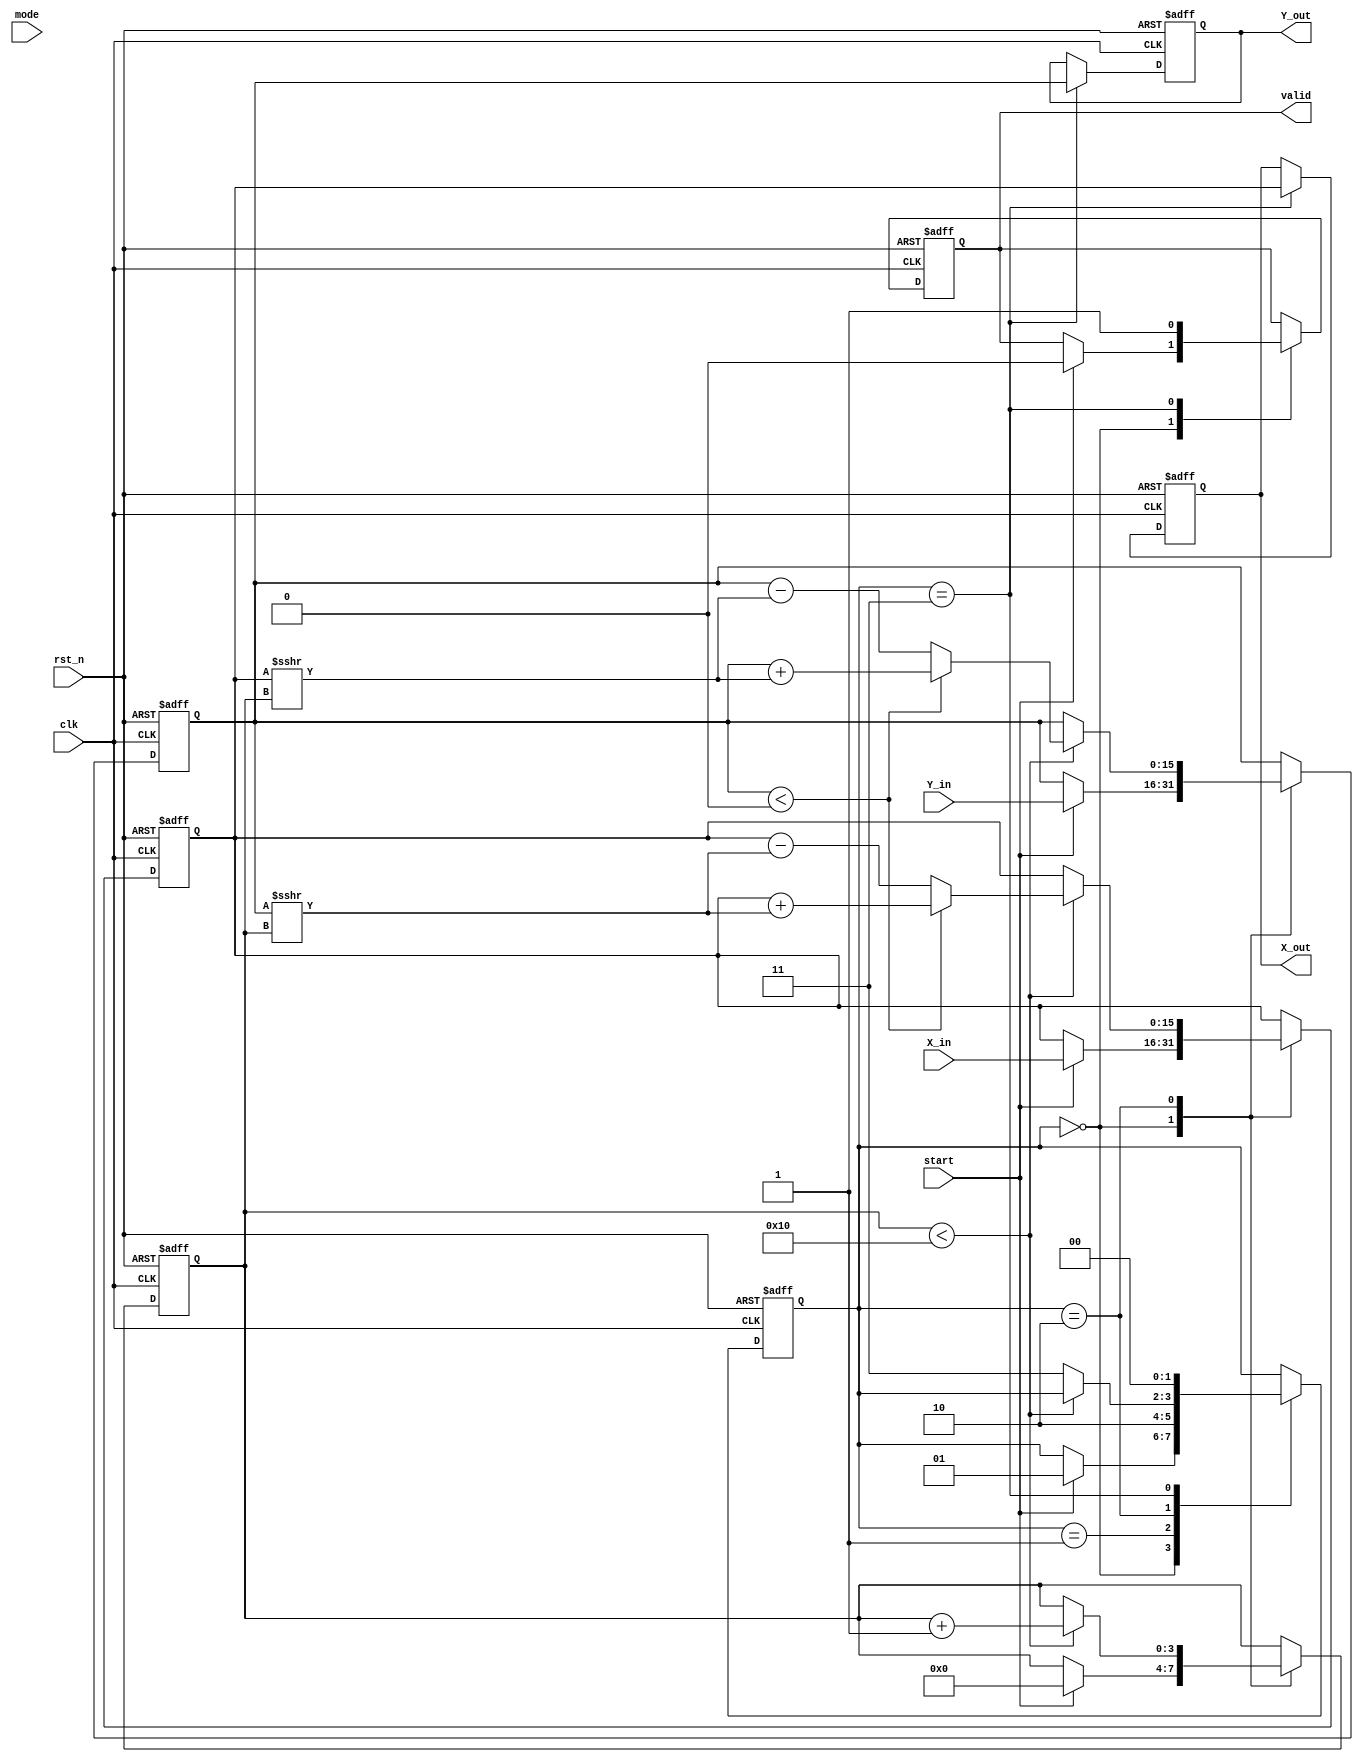
module hyperbolic_cordic #(
    parameter N = 16, // Number of iterations
    parameter DATA_WIDTH = 16 // Width of input and output data
)(
    input wire clk,
    input wire rst_n,
    input wire start,
    input wire [DATA_WIDTH-1:0] X_in,
    input wire [DATA_WIDTH-1:0] Y_in,
    input wire [1:0] mode, // 00: sinh, 01: cosh
    output reg [DATA_WIDTH-1:0] X_out,
    output reg [DATA_WIDTH-1:0] Y_out,
    output reg valid
);

    // Internal registers
    reg [DATA_WIDTH-1:0] X, Y;
    reg [3:0] iteration;
    reg [1:0] state;
    
    // CORDIC angles for hyperbolic functions (in fixed-point representation)
    wire [DATA_WIDTH-1:0] angle [0:N-1];
    assign angle[0] = 16'h4000; // atan(1) = 0.785398
    // Populate the rest of the angles based on hyperbolic functions
    // This is a simplified example; actual angles will need to be calculated.

    // State Machine
    localparam IDLE = 2'b00;
    localparam INIT = 2'b01;
    localparam ITERATE = 2'b10;
    localparam OUTPUT = 2'b11;

    // FSM for control logic
    always @(posedge clk or negedge rst_n) begin
        if (!rst_n) begin
            state <= IDLE;
            valid <= 0;
            iteration <= 0;
            X <= 0;
            Y <= 0;
            X_out <= 0;
            Y_out <= 0;
        end else begin
            case (state)
                IDLE: begin
                    if (start) begin
                        X <= X_in;
                        Y <= Y_in;
                        iteration <= 0;
                        valid <= 0;
                        state <= INIT;
                    end
                end
                INIT: begin
                    // Initialization complete, move to iteration
                    state <= ITERATE;
                end
                ITERATE: begin
                    if (iteration < N) begin
                        // Perform hyperbolic rotation
                        if (Y < 0) begin
                            X <= X + (Y >>> iteration);
                            Y <= Y + (X >>> iteration);
                        end else begin
                            X <= X - (Y >>> iteration);
                            Y <= Y - (X >>> iteration);
                        end
                        iteration <= iteration + 1;
                    end else begin
                        // All iterations complete
                        state <= OUTPUT;
                    end
                end
                OUTPUT: begin
                    // Output results
                    X_out <= X;
                    Y_out <= Y;
                    valid <= 1; // Output is valid
                    state <= IDLE; // Go back to idle
                end
            endcase
        end
    end

endmodule